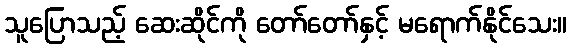
သူပြောသည့် ဆေးဆိုင်ကို တော်တော်နှင့် မရောက်နိုင်သေး။